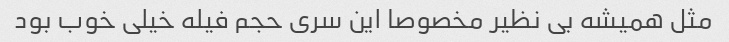
مثل همیشه بی نظیر مخصوصا این سری حجم فیله خیلی خوب بود